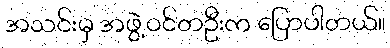
အသင်းမှ အဖွဲ့ဝင်တဦးက ပြောပါတယ်။